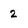
Character: 2